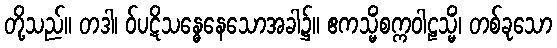
တို့သည်။ တဒါ၊ ဝ်ပဋိသန္ဓေနေသောအခါ၌။ ဧကသ္မိံစက္ကဝါဠသ္မိံ၊ တစ်ခုသော